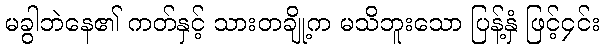
မခွါဘဲနေ၏ ကတ်နှင့် သားတချို့က မသိဘူးသော ပြန့်နှံ ဖြင့်၄င်း